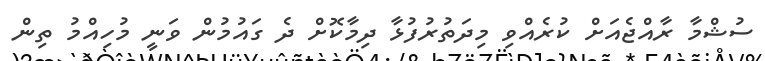
ސުޝްމާ ރާއްޖެއަށް ކުރެއްވި މިދަތުރުފުޅާ ދިމާކޮށް ދެ ގައުމުން ވަނީ މުހިއްމު ތިން